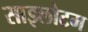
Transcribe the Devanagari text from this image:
साइलोटम